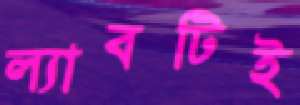
ল্যাবটিই